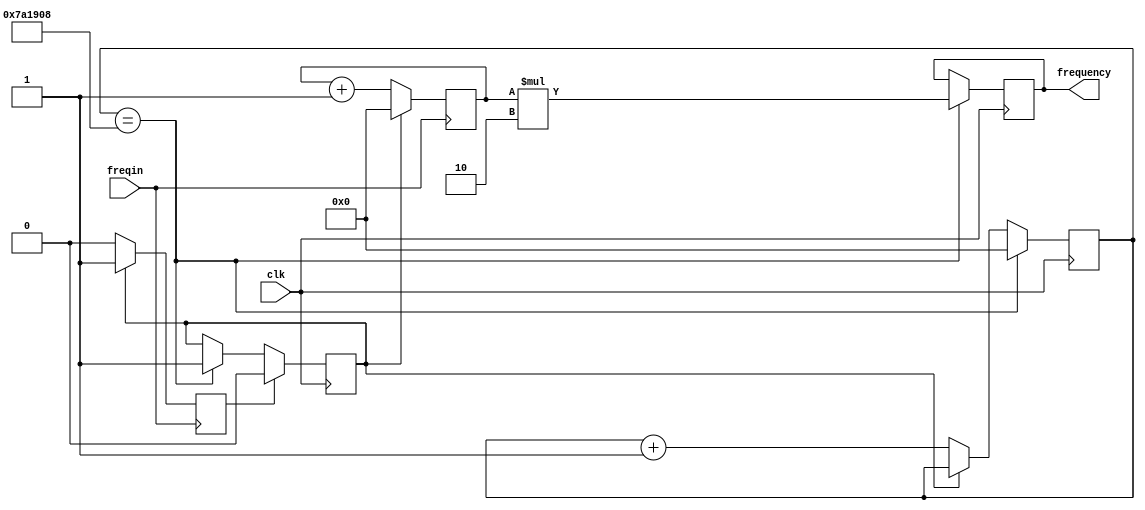
module FrequencyCounter(
    input clk,
    input freqin,
    output [23:0] frequency
    );
parameter        SecondCount    =    8001800;          
reg    [23:0]    counter        =    0;                
reg    [23:0]    freq           =    0;                
reg    [23:0]    secondcounter  =    0;                
reg              stopin         =    0;                
reg              inreseted      =    0;                
always @(posedge clk)    
begin
        if(secondcounter == SecondCount)
        begin
            secondcounter     <= 0;
            stopin             <= 1;
            freq                 <=    counter*2;
        end
        else 
            if(~stopin)
                secondcounter <= secondcounter + 1;
        if(inreseted)
            stopin <= 0;
end
always @(negedge freqin)
begin
        if(~stopin)
        begin
            counter    <=    counter + 1;
            inreseted <= 0;
        end
        else
        begin
            counter <= 0;
            inreseted <= 1;
        end
end
assign frequency = freq;
endmodule